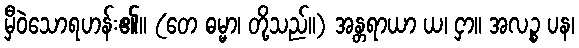
မှီဝဲသောရဟန်း၏။ (တေ ဓမ္မာ၊ တို့သည်။) အန္တရာယာ ယ၊ ငှာ။ အလဉ္စ ပန၊